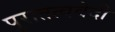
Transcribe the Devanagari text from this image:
पुरातत्ववेदी